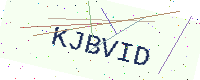
Text: KJBVID